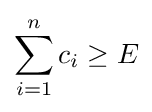
\sum _{i=1}^{n}c_{i}\geq E